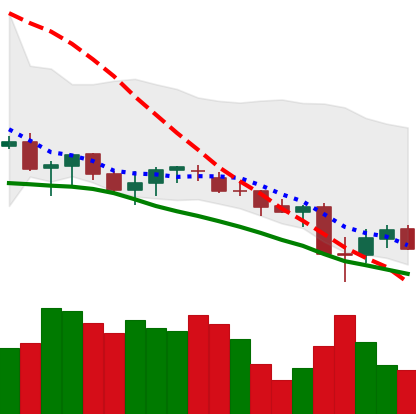
Ticker: XLM-USD
Chart end date: 2021-06-25
Forward return: 16.647%
Label: up_7plus